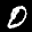
Label: 0